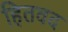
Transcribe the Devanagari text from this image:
हितवद